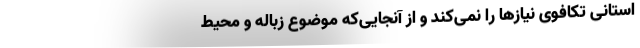
استانی تکافوی نیازها را نمی‌کند و از آنجایی‌که موضوع زباله و محیط